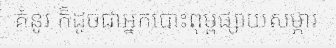
គំនូរ ក៏ដូចជាអ្នកបោះពុម្ពផ្សាយសម្ភារ